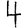
Digit: 4